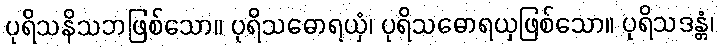
ပုရိသနိသဘဖြစ်သော။ ပုရိသဓောရယှံ၊ ပုရိသဓောရယှဖြစ်သော။ ပုရိသဒန္တံ၊